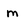
Character: M